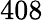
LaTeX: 408